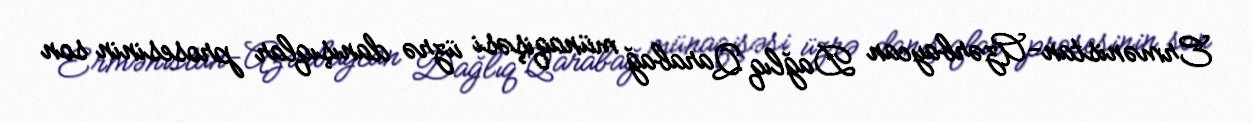
Ermənistan-Azərbaycan Dağlıq Qarabağ münaqişəsi üzrə danışıqlar prosesinin son